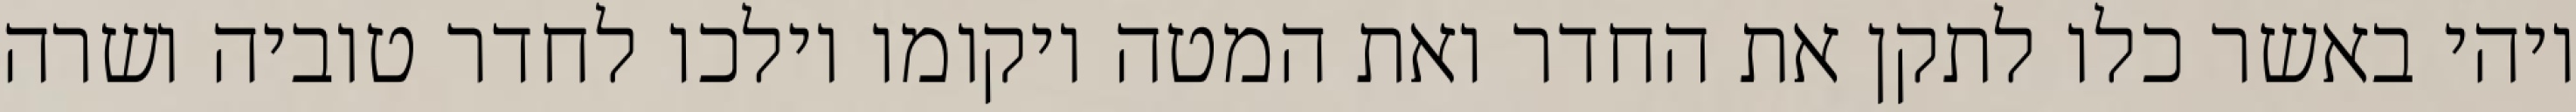
ויהי באשר כלו לתקן את החדר ואת המטה ויקומו וילכו לחדר טוביה ושרה